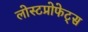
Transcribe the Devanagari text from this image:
लोस्टप्रोफेट्स